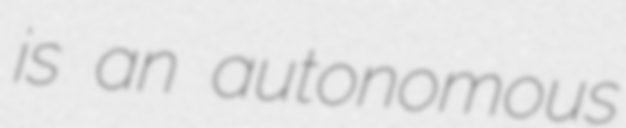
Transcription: is an autonomous